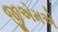
જીએમએ